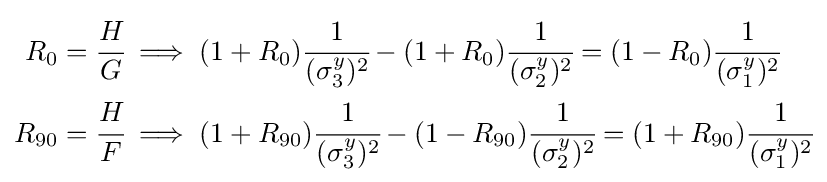
{\begin{aligned}R_{0}={\cfrac {H}{G}}&\implies (1+R_{0}){\cfrac {1}{(\sigma _{3}^{y})^{2}}}-(1+R_{0}){\cfrac {1}{(\sigma _{2}^{y})^{2}}}=(1-R_{0}){\cfrac {1}{(\sigma _{1}^{y})^{2}}}\\R_{90}={\cfrac {H}{F}}&\implies (1+R_{90}){\cfrac {1}{(\sigma _{3}^{y})^{2}}}-(1-R_{90}){\cfrac {1}{(\sigma _{2}^{y})^{2}}}=(1+R_{90}){\cfrac {1}{(\sigma _{1}^{y})^{2}}}\end{aligned}}